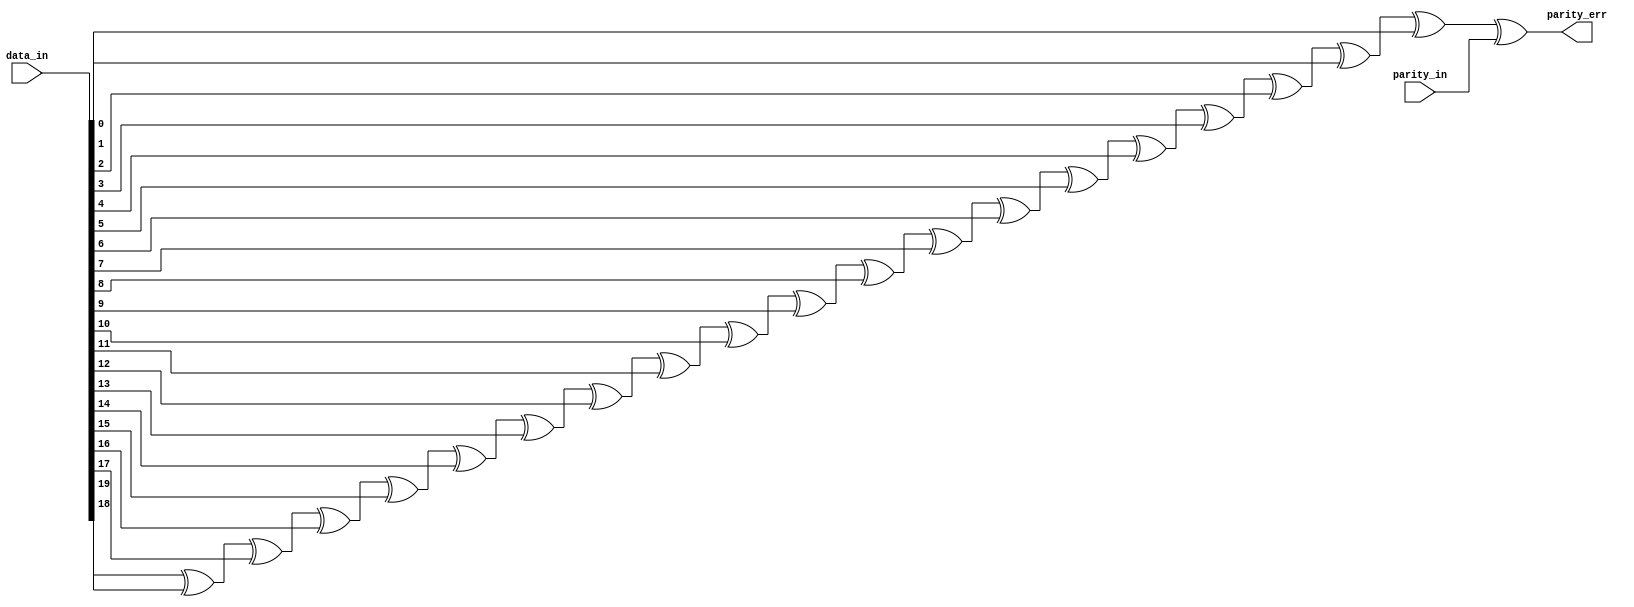
module rveven_paritycheck_WIDTH20
(
  data_in,
  parity_in,
  parity_err
);

  input [19:0] data_in;
  input parity_in;
  output parity_err;
  wire parity_err,N0,N1,N2,N3,N4,N5,N6,N7,N8,N9,N10,N11,N12,N13,N14,N15,N16,N17,N18;
  assign parity_err = N18 ^ parity_in;
  assign N18 = N17 ^ data_in[0];
  assign N17 = N16 ^ data_in[1];
  assign N16 = N15 ^ data_in[2];
  assign N15 = N14 ^ data_in[3];
  assign N14 = N13 ^ data_in[4];
  assign N13 = N12 ^ data_in[5];
  assign N12 = N11 ^ data_in[6];
  assign N11 = N10 ^ data_in[7];
  assign N10 = N9 ^ data_in[8];
  assign N9 = N8 ^ data_in[9];
  assign N8 = N7 ^ data_in[10];
  assign N7 = N6 ^ data_in[11];
  assign N6 = N5 ^ data_in[12];
  assign N5 = N4 ^ data_in[13];
  assign N4 = N3 ^ data_in[14];
  assign N3 = N2 ^ data_in[15];
  assign N2 = N1 ^ data_in[16];
  assign N1 = N0 ^ data_in[17];
  assign N0 = data_in[19] ^ data_in[18];

endmodule